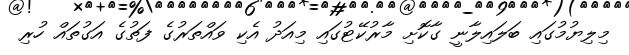
މިލިޔުމުގައި ބަލައިލާނީ ގާކޮށި މާރުކޭޓުގައި މިއަދު އެކި ވައްތަރުގެ ފަތުގެ އަގުތައް ހުރި